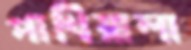
পাখিয়ালা